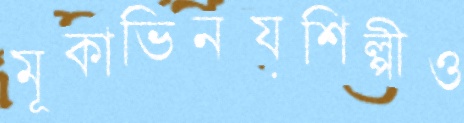
মূকাভিনয়শিল্পীও